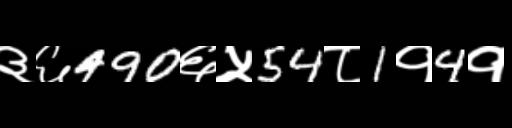
Text: ३६490६५54८1१4१